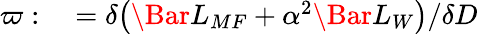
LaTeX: \begin{array}{rl}{\varpi:}&{{}=\delta\big(\Bar{L}_{MF}+\alpha^{2}\Bar{L}_{W}\big)/\delta D}\end{array}